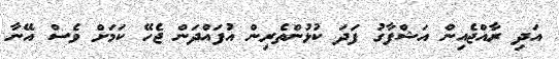
އަދި ރާއްޖެއިން އަޝްފާގު ފަދަ ކުޅުންތެރިން އުފައްދަން ޖެހޭ ކަމަށް ވެސް އޭނާ